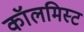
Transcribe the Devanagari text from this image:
कॉलमिस्ट